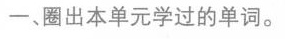
-、圈出本单元学过的单词。